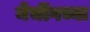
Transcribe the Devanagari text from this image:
मेचींगच्या